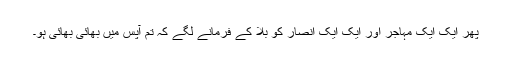
پھر ایک ایک مہاجر اور ایک ایک انصار کو بلا کے فرمانے لگے کہ تم آپس میں بھائی بھائی ہو۔